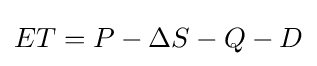
ET=P-\Delta S-Q-D\,\!